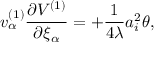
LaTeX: v _ { \alpha } ^ { ( 1 ) } \frac { \partial V ^ { ( 1 ) } } { \partial \xi _ { \alpha } } = + \frac { 1 } { 4 \lambda } a _ { i } ^ { 2 } \theta ,